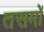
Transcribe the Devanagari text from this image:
तसमों